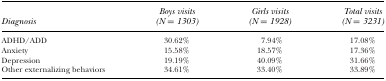
<table><thead><tr><td></td><td><b>Boys visits</b></td><td><b>Girls visits</b></td><td><b>Total visits</b></td></tr><tr><td><b>Diagnosis</b></td><td><b>(N = 1303)</b></td><td><b>(N = 1928)</b></td><td><b>(N = 3231)</b></td></tr></thead><tbody><tr><td>ADHD/ADD</td><td>30.62%</td><td>7.94%</td><td>17.08%</td></tr><tr><td>Anxiety</td><td>15.58%</td><td>18.57%</td><td>17.36%</td></tr><tr><td>Depression</td><td>19.19%</td><td>40.09%</td><td>31.66%</td></tr><tr><td>Other externalizing behaviors</td><td>34.61%</td><td>33.40%</td><td>33.89%</td></tr></tbody></table>